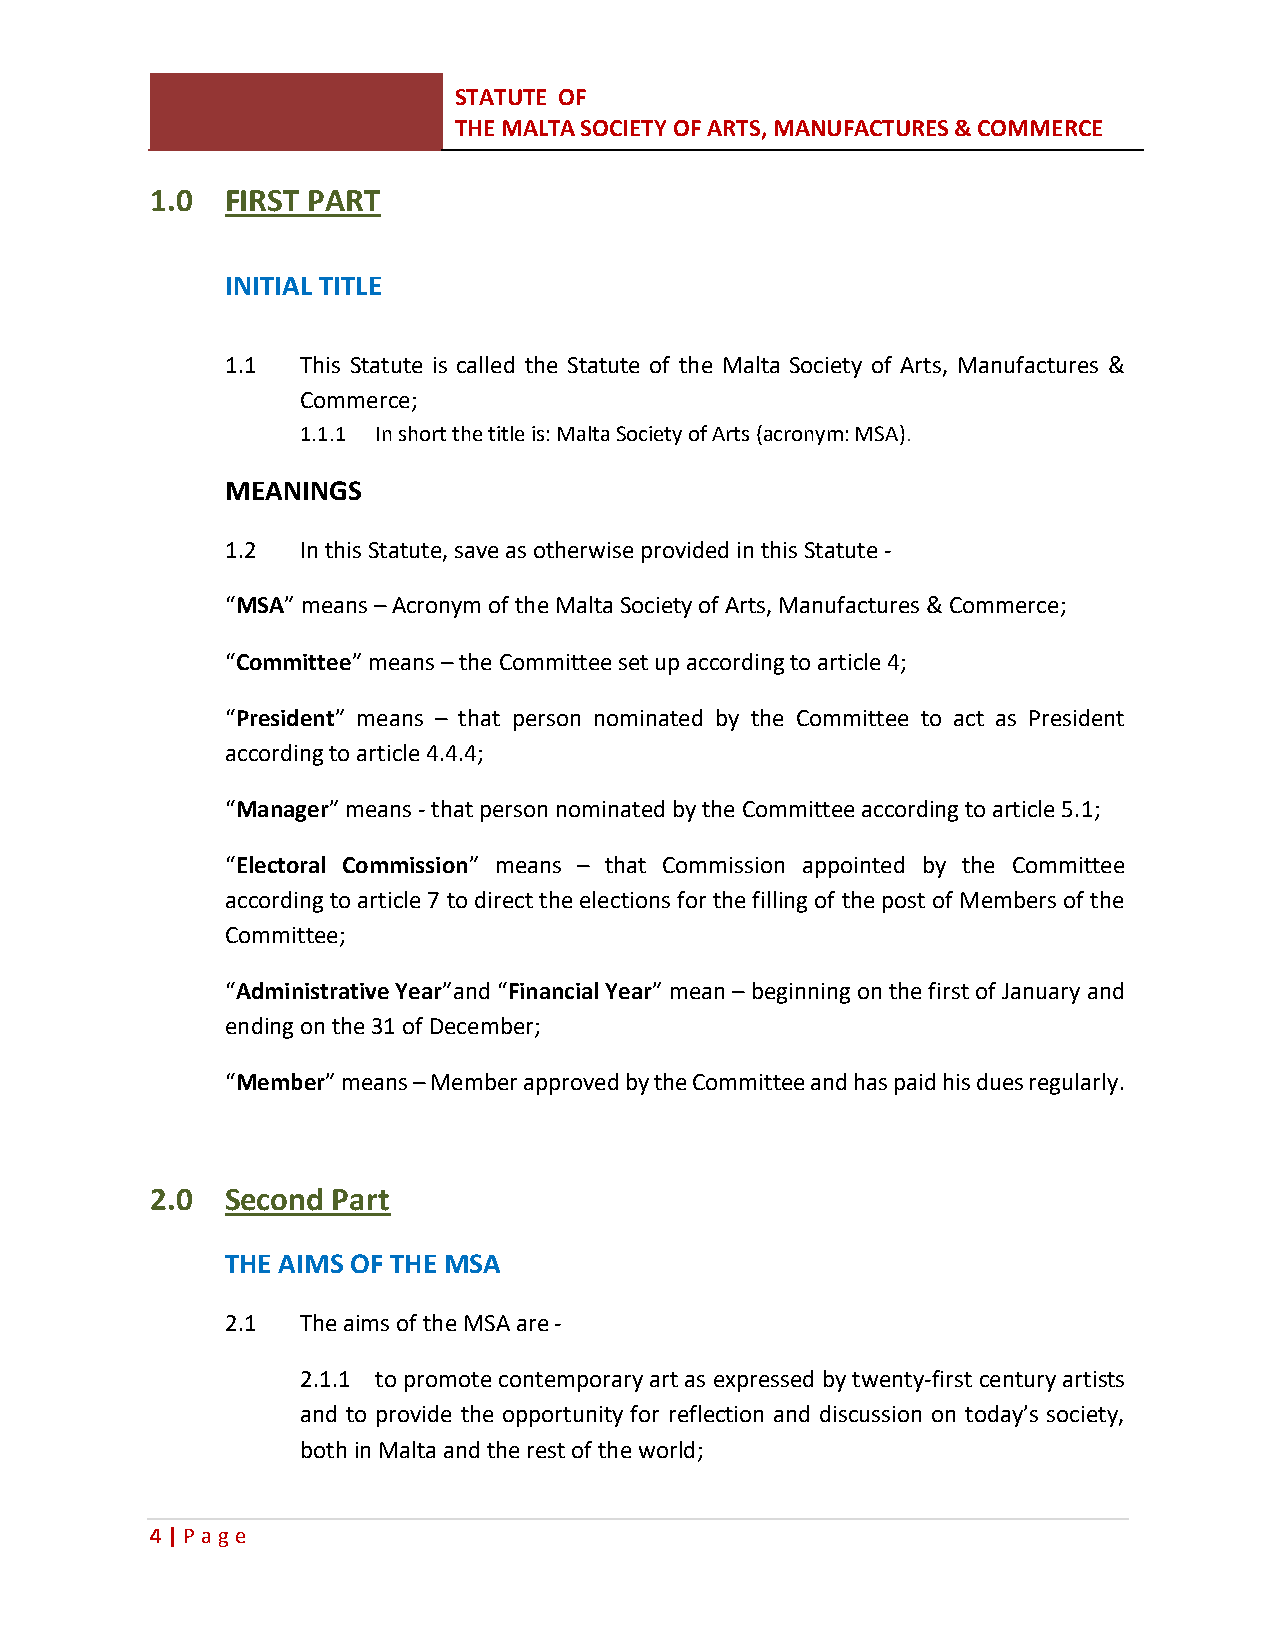
STATUTE OF
 THE MALTA SOCIETY OF ARTS, MANUFACTURES & COMMERCE
 1.0  FIRST PART
 INITIAL TITLE
 1.1  This Statute is called the Statute of the Malta Society of Arts, Manufactures &
 Commerce;
 1.1.1 In short the title is: Malta Society of Arts (acronym: MSA).
 MEANINGS
 1.2  In this Statute, save as otherwise provided in this Statute -
 “MSA” means – Acronym of the Malta Society of Arts, Manufactures & Commerce;
 “Committee” means – the Committee set up according to article 4;
 “President” means – that person nominated by the Committee to act as President
 according to article 4.4.4;
 “Manager” means - that person nominated by the Committee according to article 5.1;
 “Electoral Commission” means – that Commission appointed by the Committee
 according to article 7 to direct the elections for the filling of the post of Members of the
 Committee;
 “Administrative Year”and “Financial Year” mean – beginning on the first of January and
 ending on the 31 of December;
 “Member” means – Member approved by the Committee and has paid his dues regularly.
 2.0  Second Part
 THE AIMS OF THE MSA
 2.1  The aims of the MSA are -
 2.1.1 to promote contemporary art as expressed by twenty-first century artists
 and to provide the opportunity for reflection and discussion on today’s society,
 both in Malta and the rest of the world;
 4 | P age